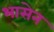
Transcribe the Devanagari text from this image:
भासेन